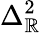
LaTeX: \Delta_{\mathbb{R}}^{2}